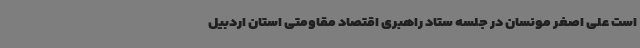
است علی اصغر مونسان در جلسه ستاد راهبری اقتصاد مقاومتی استان اردبیل